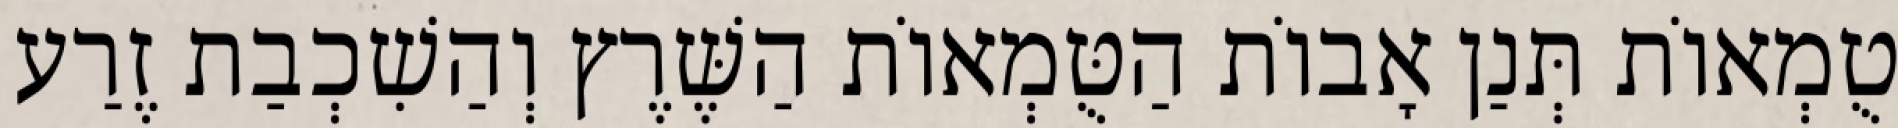
טֻמְאוֹת תְּנַן אָבוֹת הַטֻּמְאוֹת הַשֶּׁרֶץ וְהַשִׁכְבַת זֶרַע